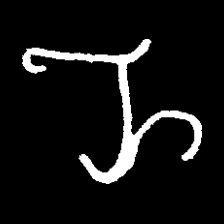
Pyu character \u2014 Myanmar letter: ည (romanized: nya)